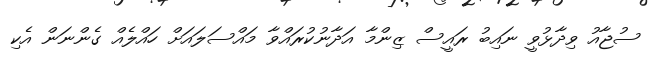
ސުޖާއު ވިދާޅުވީ ނައިބު ރައީސް ޒިންމާ އަދާނުކުރައްވާ މައްސަލައަށް ހައްލެއް ގެންނަން އެކި